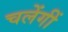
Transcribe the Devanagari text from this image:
चलेंगीं